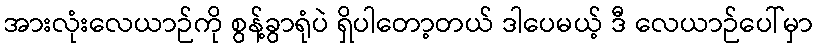
အားလုံးလေယာဉ်ကို စွန့်ခွာရုံပဲ ရှိပါတော့တယ် ဒါပေမယ့် ဒီ လေယာဉ်ပေါ်မှာ